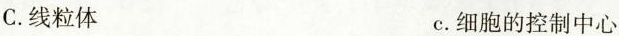
C.线粒体 c.细胞的控制中心